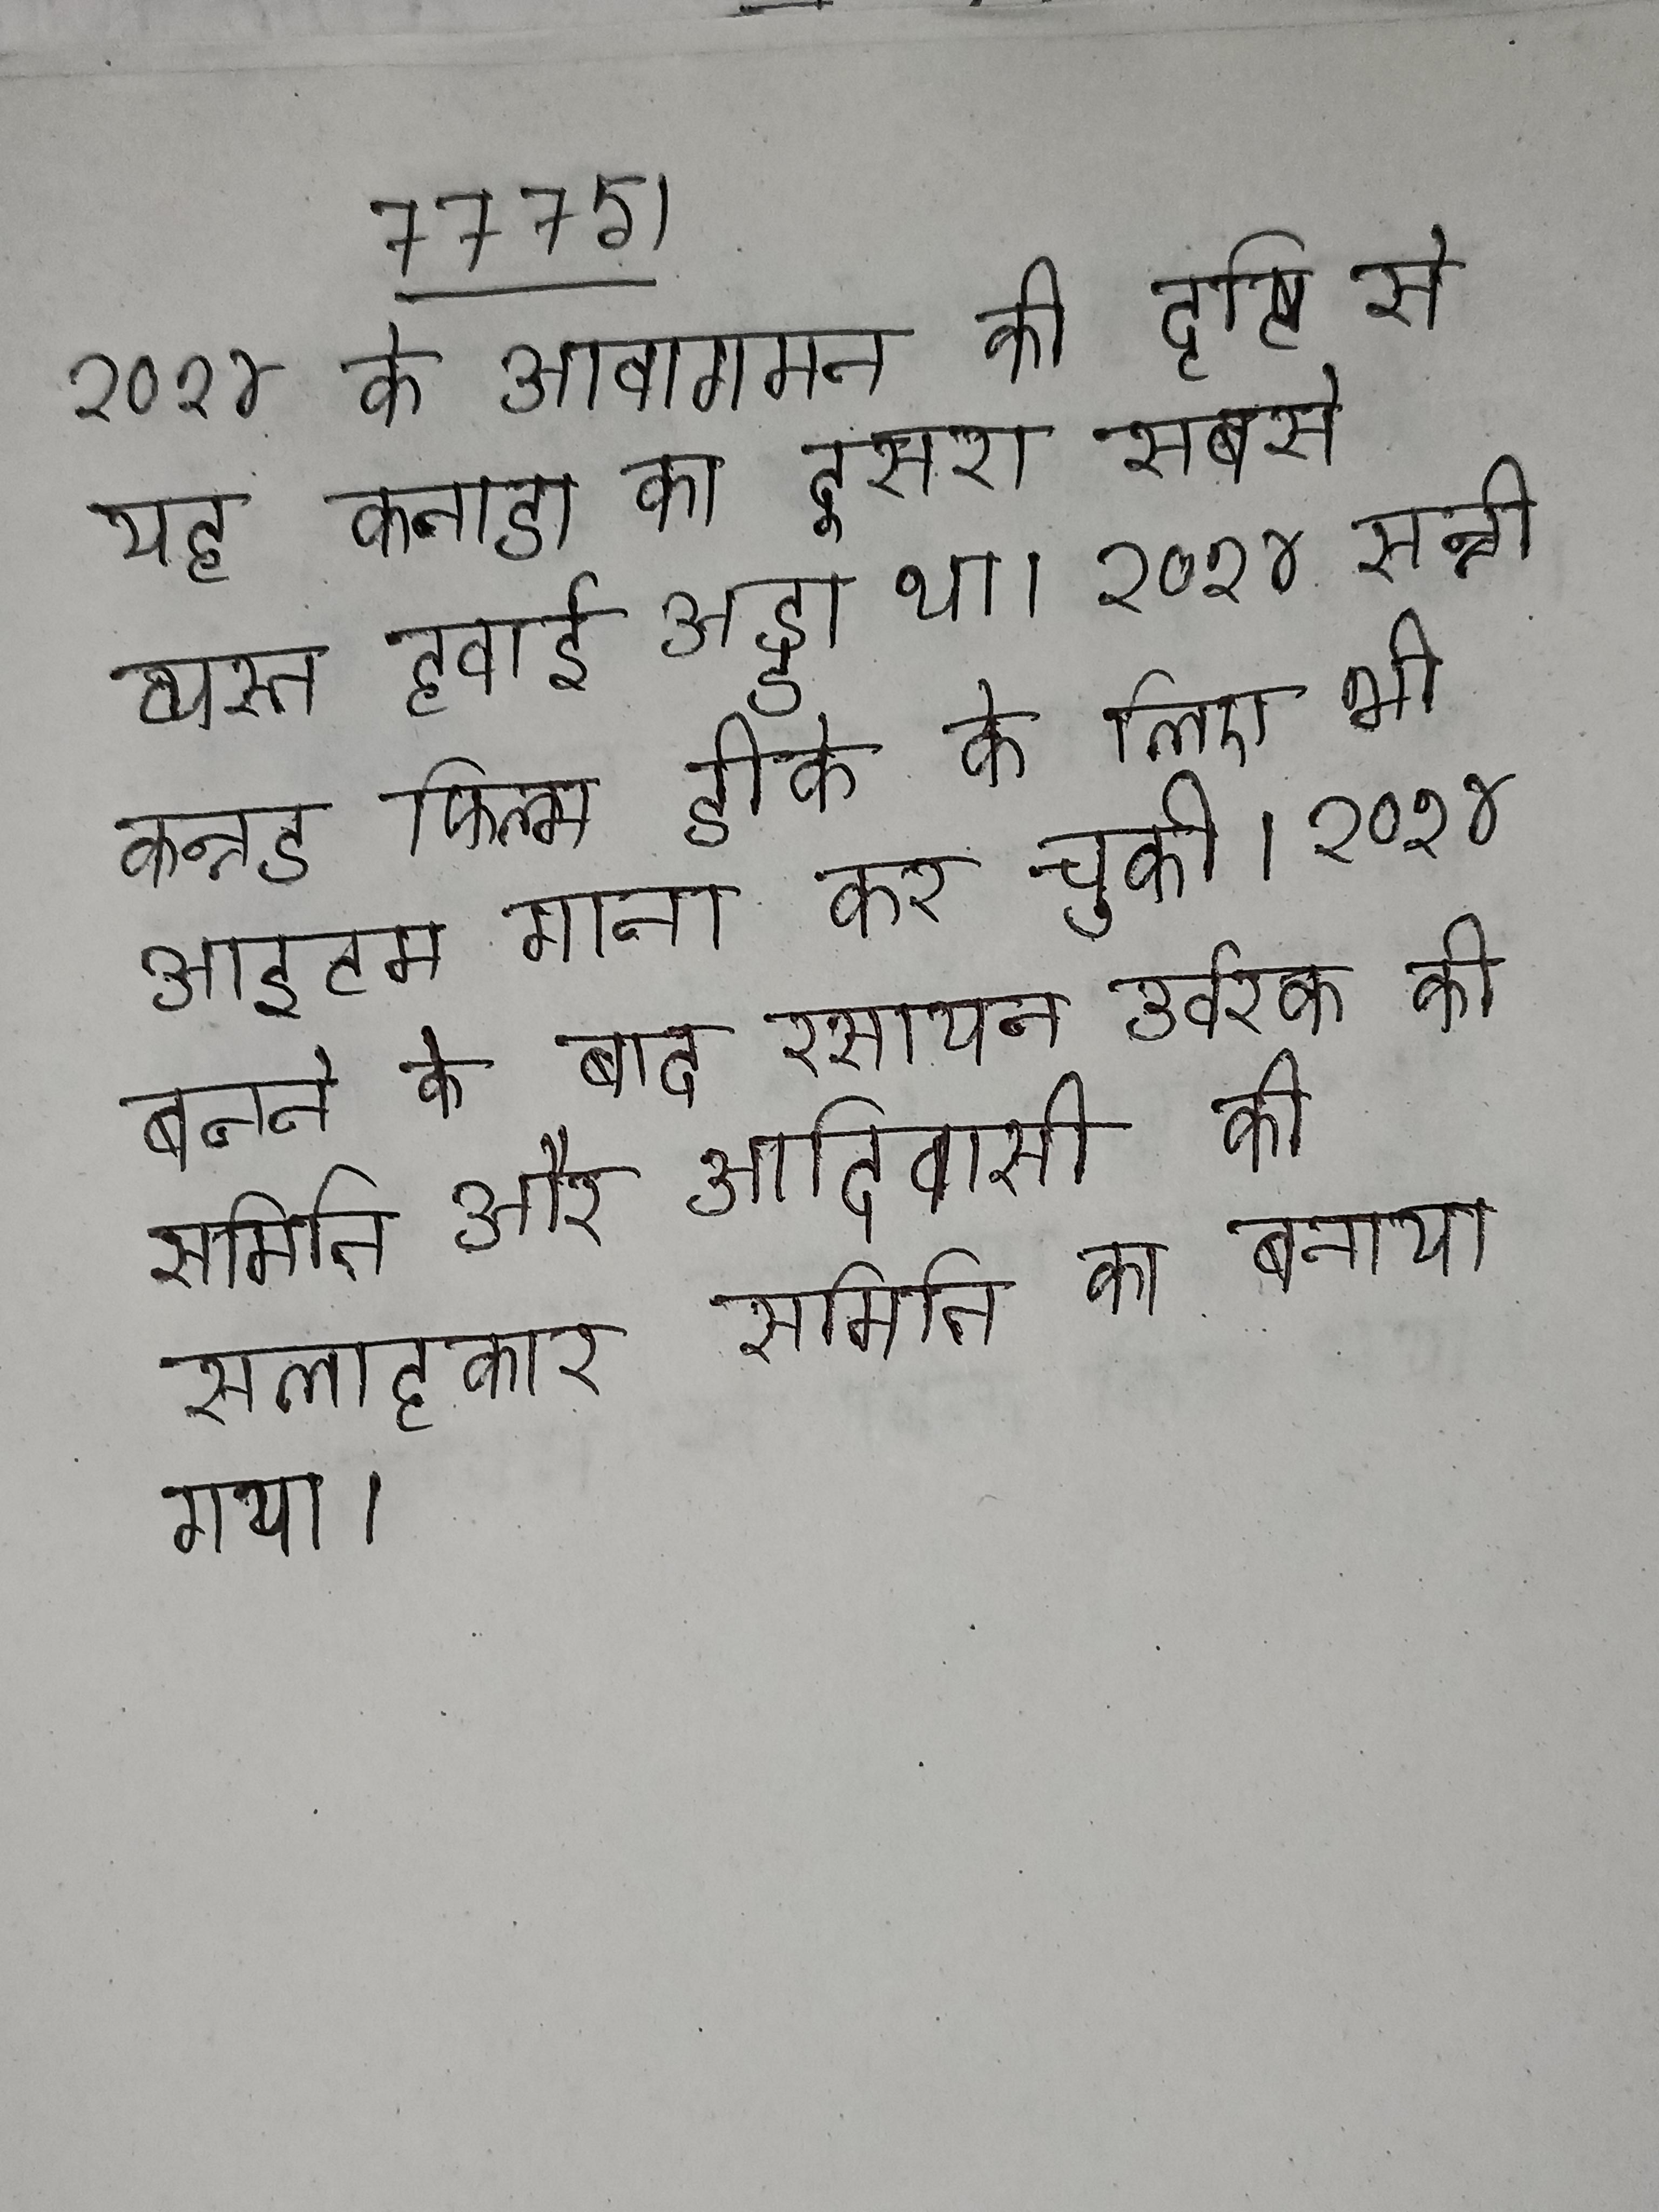
२०१४ के आवागमन की दृष्टि से यह कनाडा का दूसरा सबसे व्यस्त हवाई अड्डा था । २०१४ सन्नी कन्नड फिल्म डीके के लिए भी आइटम गाना कर चुकी । २०१४ बनने के बाद रसायन उर्वरक की समिति और आदिवासी की सलाहकार समिति का बनाया गया ।